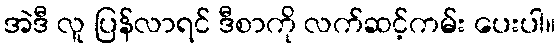
အဲဒီ လူ ပြန်လာရင် ဒီစာကို လက်ဆင့်ကမ်း ပေးပါ။